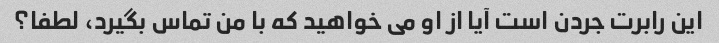
این رابرت جردن است آیا از او می خواهید که با من تماس بگیرد، لطفا؟